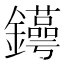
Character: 𨯫